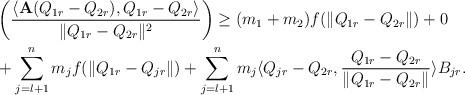
LaTeX: \begin{align*} &\left(\frac{\langle\mathbf{A}(Q_{1r}-Q_{2r}),Q_{1r}-Q_{2r}\rangle}{\|Q_{1r}-Q_{2r}\|^{2}}\right)\geq(m_{1}+m_{2})f(\|Q_{1r}-Q_{2r}\|)+0\\ &+\sum\limits_{j=l+1}^{n}m_{j}f(\|Q_{1r}-Q_{jr}\|)+\sum\limits_{j=l+1}^{n}m_{j}\langle Q_{jr}-Q_{2r},\frac{Q_{1r}-Q_{2r}}{\|Q_{1r}-Q_{2r}\|}\rangle B_{jr}. \end{align*}